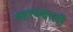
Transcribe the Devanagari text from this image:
महत्त्वशाली